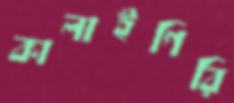
কালাইগিরি